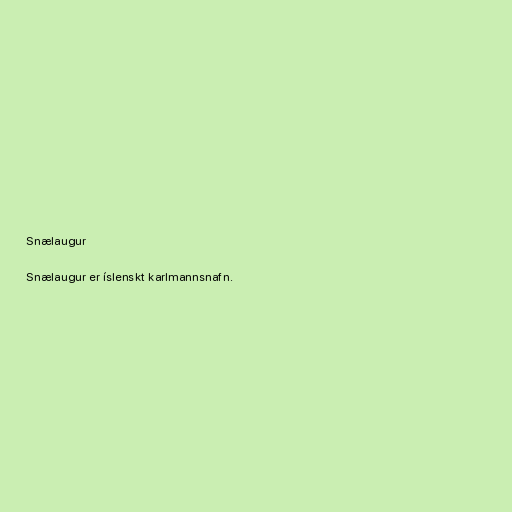
Snælaugur

Snælaugur er íslenskt karlmannsnafn.